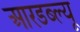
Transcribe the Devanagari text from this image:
आरडब्ल्यू